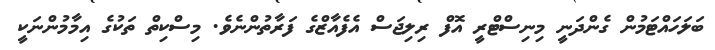
ބަލަހައްޓަމުން ގެންދަނީ މިނިސްޓްރީ އޮފް ރިލިޖަސް އެފެއާޒްގެ ފަރާތުންނެވެ. މިސްކިތް ތަކުގެ އިމާމުންނަކީ